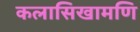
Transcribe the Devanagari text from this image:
कलासिखामणि